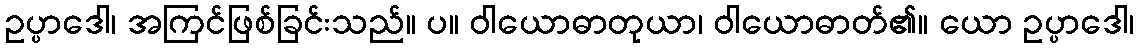
ဥပ္ပာဒေါ၊ အကြင်ဖြစ်ခြင်းသည်။ ပ။ ဝါယောဓာတုယာ၊ ဝါယောဓာတ်၏။ ယော ဥပ္ပာဒေါ၊